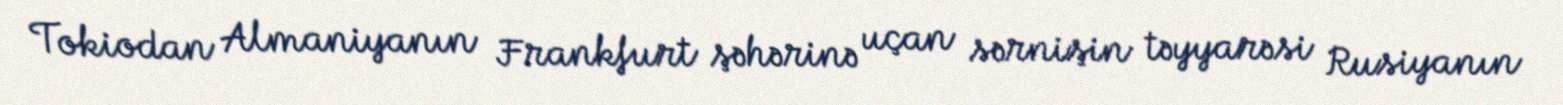
Tokiodan Almaniyanın Frankfurt şəhərinə uçan sərnişin təyyarəsi Rusiyanın